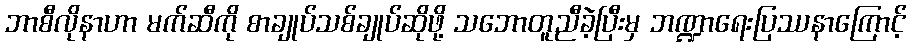
ဘာစီလိုနာဟာ မက်ဆီကို စာချုပ်သစ်ချုပ်ဆိုဖို့ သဘောတူညီခဲ့ပြီးမှ ဘဏ္ဍာရေးပြဿနာကြောင့်